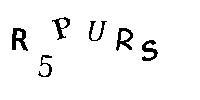
R5PURS